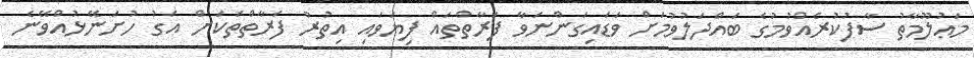
މަޢުލޫމާތު ސާފުކުރެއްވުމުގެ ބައްދަލުވުމަށް ވަޑައިގަންނަވާ ފަރާތްތައް ފިޔަވައި އިތުރު ފަރާތްތަކަށް އަގު ހުށަނޭޅުއްވޭނެ